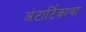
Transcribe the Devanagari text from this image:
अंटार्टिकाचा